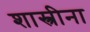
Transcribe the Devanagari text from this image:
शास्त्रीना